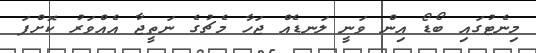
މިނެޓުގައި ބޯޑޯ އިން ވަނީ ލަނޑެއް ޖަހާ މެޗުގެ ނަތީޖާ އެއްވަރު ކޮށްފަ